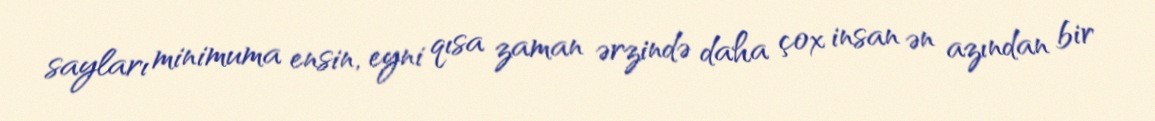
sayları minimuma ensin, eyni qısa zaman ərzində daha çox insan ən azından bir